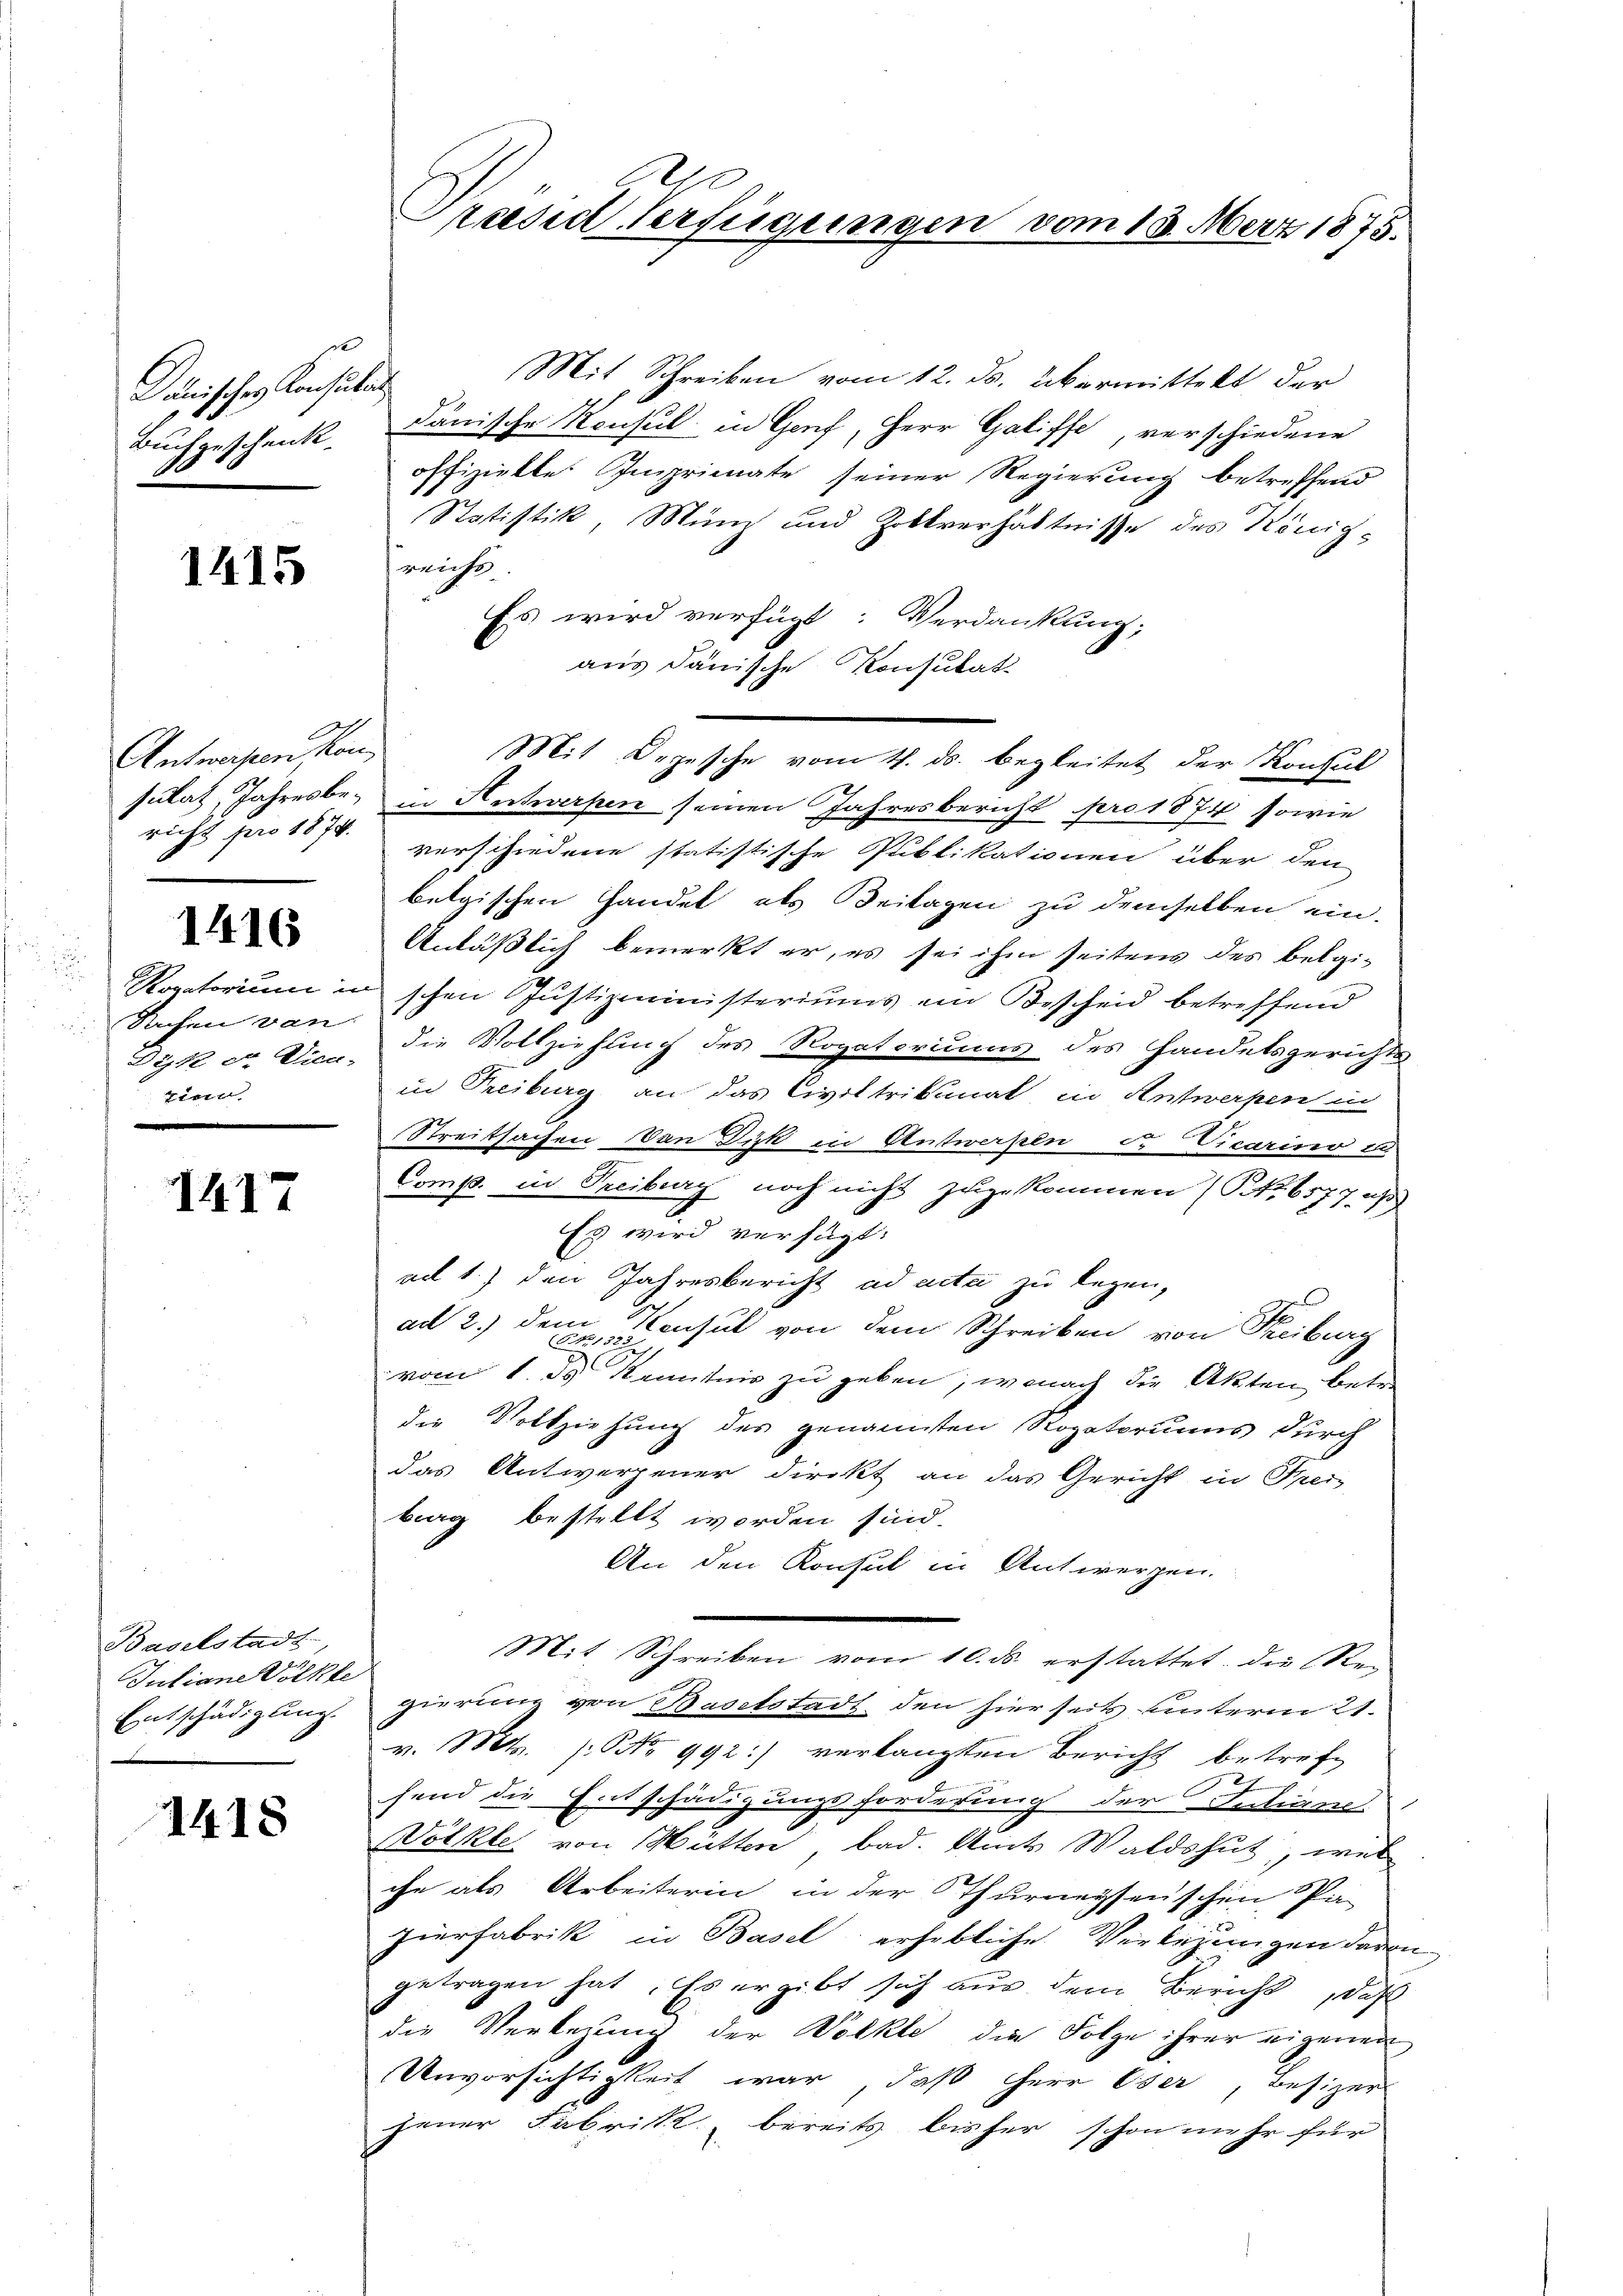
Donisches Konsulat
Buch geschenk.
10

1415

Antwesen kon
richt pro 1874.

1416

i
Sachen von
zien

1417

Baselstadt
Juliane Völke
Entschädigung.

1418

Mit Schreiben vom 12. ds. übermittelt der
dänische Konsul in Genf, Herr Galiffe, verschiedene
offizielle Imprimate seiner Regierung betreffend
Statistik, Münz und Zollverhältnisse des Königreicht
Es wird verfügt: Verdankung;
aus dänische Konsulat
Mit Depesche vom 4. ds. begleitet der Konsul
sulat, Jahresbe, in Antwerpen seinen Jahresbericht pro 1874 sowie
verschiedene statistische Publikationen über den
belgischen Handel als Beilagen zu demselben ein.
Anläßlich bemerkt er, es sei ihm seitens des belgi¬
Raptorium in schon Justizministeriums ein Bescheid betreffend
Dyk da dien. Die Vollziehung des Rogatoriums des Handelsgerichts
in Treiburg, an das Civiltribunal in Antwerpen in
Streitsachen an Dick in Anstwerken u. Vicarino u
Comp. in Treiburg noch nicht zugekommen (NNo. 6577 u
Es wird verfügt:
a 1.) den Jahresbericht ad acta zu legen,
ad 2.) dem Konsul von dem Schreiben von Freiburg
vom 1. ds Kenntnis zu geben, wonach die Akten betr.
die Vollziehung des genannten Rogatoriums durch
das Antwerpener direkt an das Gericht in Frei-
barg bestellt worden sind.
An den Konsul in Antwerpen.
Mit Schreiben vom 10. ds. erstattet, die Re-
zierung von Baselstadt, den hierseits unterm 21.
v. Mts. 1. No 992:) verlangten Bericht betref
E
hend die Entschädigungsforderung der Juliane
Völkle von Mütten bad. Amts Waldshut, wes
che als Arbeiterin in der Thurneysenschen Pa-
hierfabrik in Basel erhebliche Verlegungen davon
getragen hat. Es ergibt sich aus dem Bericht, daß
die Verlegung der Völkte die Folge ihrer eigenen
Unvorsichtigkeit war, daß Herr Oser, Besizer
jener Fabrik, bereits bisher schon mehr für

G
Praesid Verfügungen vom 18. März 1875.